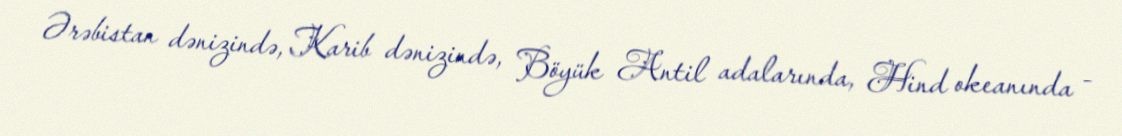
Ərəbistan dənizində, Karib dənizində, Böyük Antil adalarında, Hind okeanında -